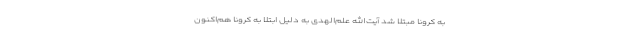
به کرونا مبتلا شد آیت‌الله علم‌الهدی به دلیل ابتلا به کرونا هم‌اکنون